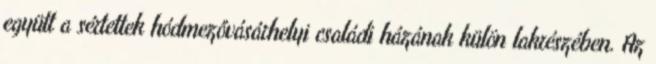
együtt a sértettek hódmezővásárhelyi családi házának külön lakrészében. Az